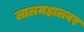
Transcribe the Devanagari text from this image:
लालमहालवर